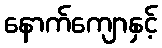
နောက်ကျောနှင့်